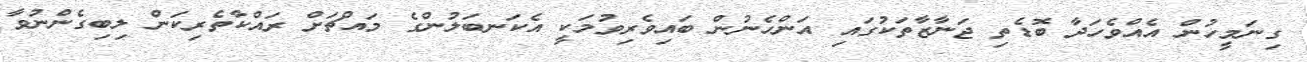
ގިނަމީހުން އެއްވެހަދާ ބޮޑެތި ޖަނާޒާތަކުގައި އަންހެނުން ބައިވެރިވުމަކީ އެކަނބަލުންގެ މައްޗަށް ރައްކާތެރިކަން ލިބިގެންނުވާ